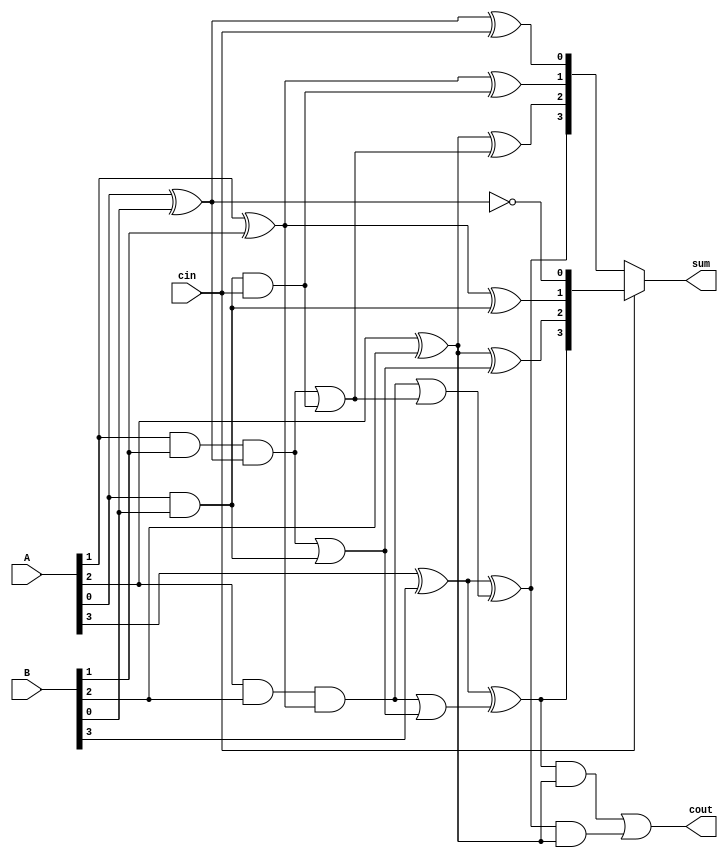
module carry_select_adder (
    input [3:0] A, // 4-bit input A
    input [3:0] B, // 4-bit input B
    input cin, // carry-in signal
    output [3:0] sum, // 4-bit output sum
    output cout // carry-out signal
);

wire [3:0] sum0, sum1; // 4-bit sums assuming carry-in of 0 and 1

// Carry-lookahead unit assuming carry-in of 0
assign sum0[0] = A[0] ^ B[0] ^ cin;
assign sum0[1] = A[1] ^ B[1] ^ (A[0] & B[0] & cin);
assign sum0[2] = A[2] ^ B[2] ^ (A[1] & B[1] & (A[0] ^ B[0]) | (A[0] & B[0] & cin));
assign sum0[3] = A[3] ^ B[3] ^ (A[2] & B[2] & (A[1] ^ B[1]) | (A[1] & B[1] & (A[0] ^ B[0]) | (A[0] & B[0] & cin)));

// Carry-lookahead unit assuming carry-in of 1
assign sum1[0] = A[0] ^ B[0] ^ 1;
assign sum1[1] = A[1] ^ B[1] ^ (A[0] & B[0] & 1);
assign sum1[2] = A[2] ^ B[2] ^ (A[1] & B[1] & (A[0] ^ B[0]) | (A[0] & B[0] & 1));
assign sum1[3] = A[3] ^ B[3] ^ (A[2] & B[2] & (A[1] ^ B[1]) | (A[1] & B[1] & (A[0] ^ B[0]) | (A[0] & B[0] & 1)));

// Multiplexer to select the appropriate sum based on carry-in signal
assign sum = (cin) ? sum1 : sum0;

// Carry-out signal
assign cout = (sum1[3] & (A[2] ^ B[2])) | (sum0[3] & (A[2] ^ B[2]));

endmodule